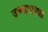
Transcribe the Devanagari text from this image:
उच्चारदृष्ट्या